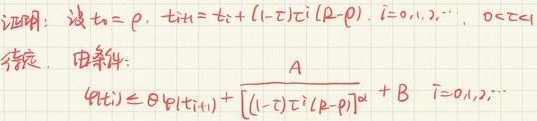
证明：设\(t_i = \rho\)，\(t_{i + 1}=t_i + (1 - \tau)\tau^i(R - \rho)\)，\(i = 0,1,2,\cdots\)，\(0 < \tau < 1\)（待证）。

由条件：
\[\varphi(t_i)\leq\theta\varphi(t_{i + 1})+\frac{A}{[(1 - \tau)\tau^i(R - \rho)]^{\alpha}}+B\quad i = 0,1,2,\cdots\]